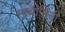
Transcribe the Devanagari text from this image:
साथीनिंनी